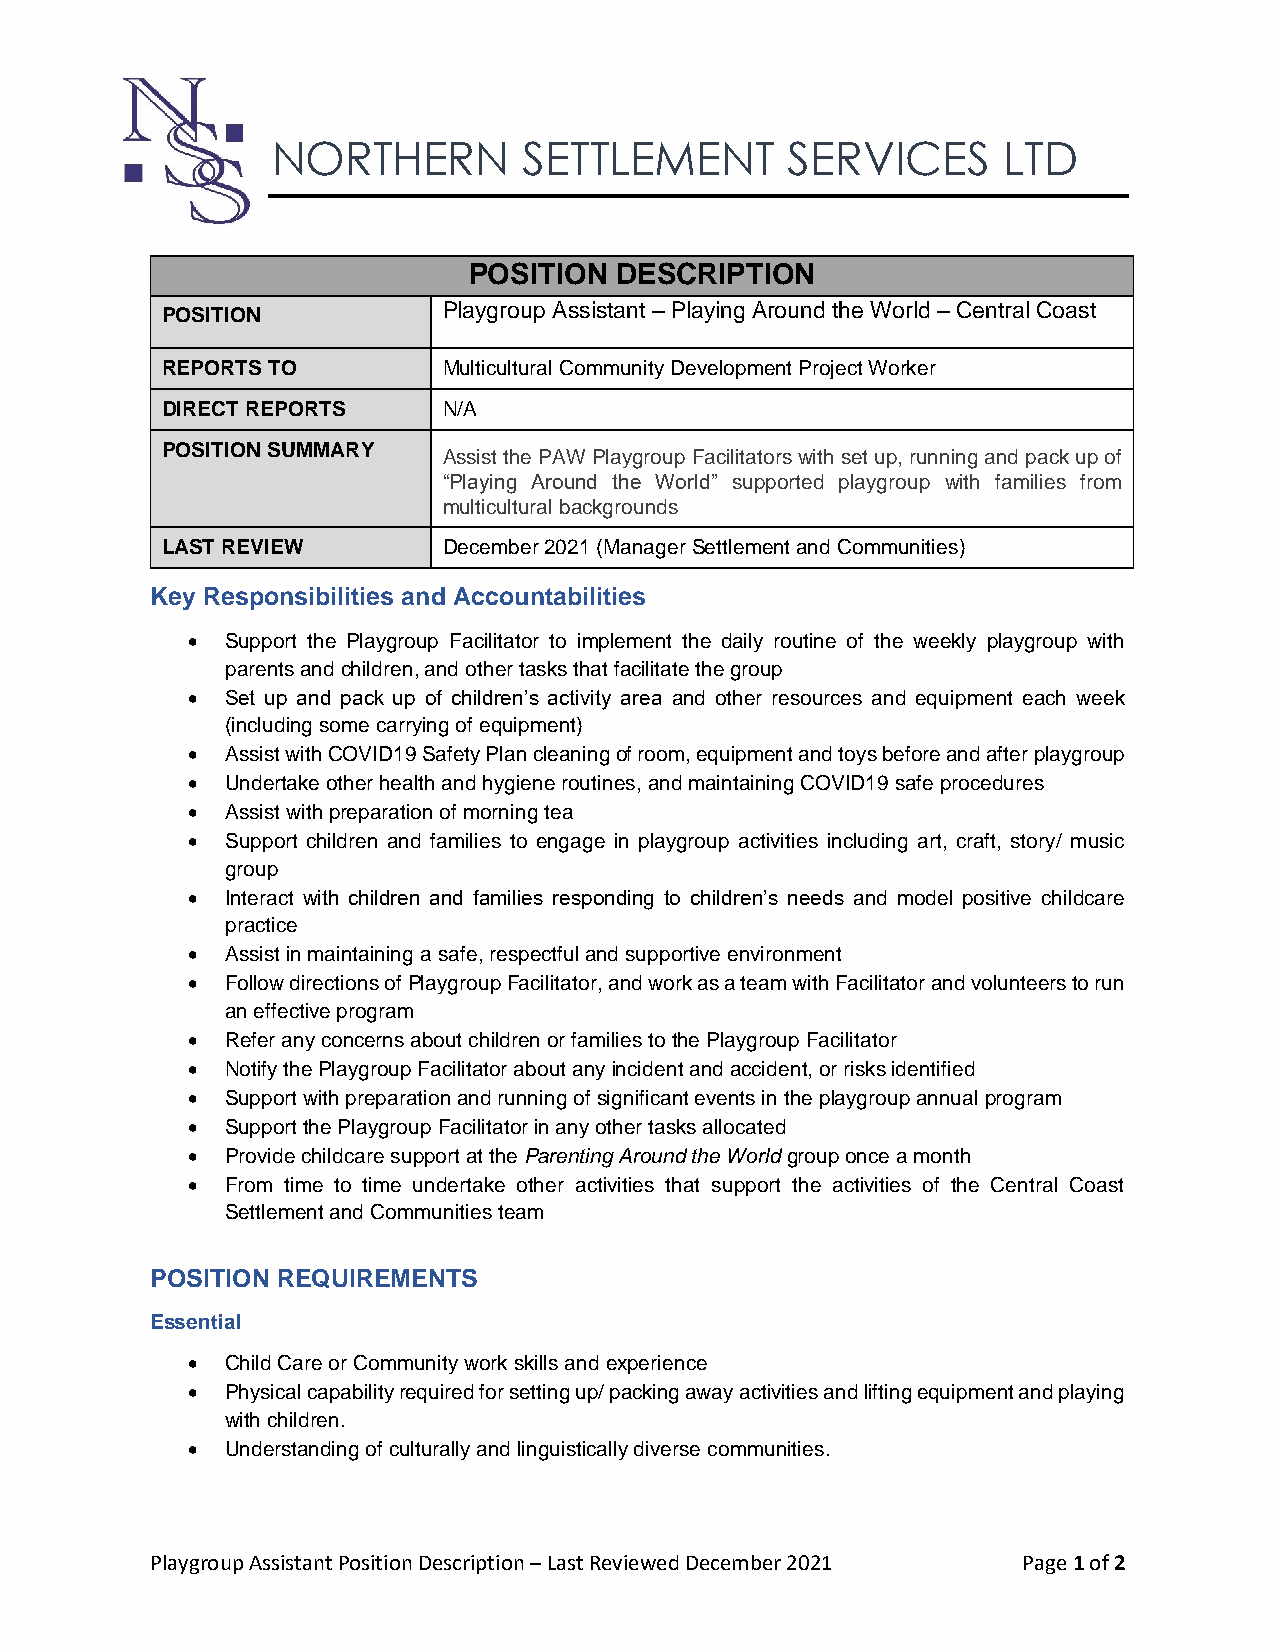
NORTHERN         SETTLEMENT       SERVICES      LTD
 POSITION  DESCRIPTION
 POSITION          Playgroup Assistant – Playing Around the World – Central Coast
 REPORTS TO        Multicultural Community Development Project Worker
 DIRECT REPORTS    N/A
 POSITION SUMMARY
 Assist the PAW Playgroup Facilitators with set up, running and pack up of
 “Playing Around the World” supported playgroup with families from
 multicultural backgrounds
 LAST REVIEW       December 2021 (Manager Settlement and Communities)
 Key Responsibilities and Accountabilities
 •  Support the Playgroup Facilitator to implement the daily routine of the weekly playgroup with
 parents and children, and other tasks that facilitate the group
 •  Set up and pack up of children’s activity area and other resources and equipment each week
 (including some carrying of equipment)
 •  Assist with COVID19 Safety Plan cleaning of room, equipment and toys before and after playgroup
 •  Undertake other health and hygiene routines, and maintaining COVID19 safe procedures
 •  Assist with preparation of morning tea
 •  Support children and families to engage in playgroup activities including art, craft, story/ music
 group
 •  Interact with children and families responding to children’s needs and model positive childcare
 practice
 •  Assist in maintaining a safe, respectful and supportive environment
 •  Follow directions of Playgroup Facilitator, and work as a team with Facilitator and volunteers to run
 an effective program
 •  Refer any concerns about children or families to the Playgroup Facilitator
 •  Notify the Playgroup Facilitator about any incident and accident, or risks identified
 •  Support with preparation and running of significant events in the playgroup annual program
 •  Support the Playgroup Facilitator in any other tasks allocated
 •  Provide childcare support at the Parenting Around the World group once a month
 •  From time to time undertake other activities that support the activities of the Central Coast
 Settlement and Communities team
 POSITION REQUIREMENTS
 Essential
 •  Child Care or Community work skills and experience
 •  Physical capability required for setting up/ packing away activities and lifting equipment and playing
 with children.
 •  Understanding of culturally and linguistically diverse communities.
 Playgroup Assistant Position Description – Last Reviewed December 2021 Page 1 of 2